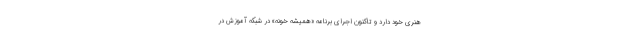
هنری خود دارد و تاکنون اجرای برنامه «همیشه خونه» در شبکه آموزش در